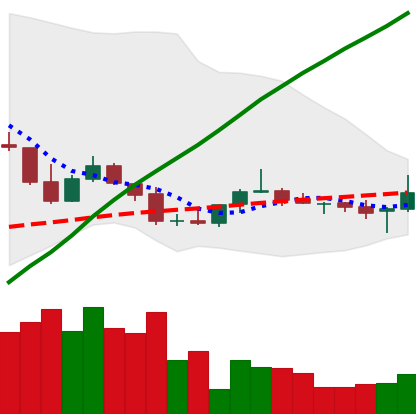
Ticker: TRX-USD
Chart end date: 2020-10-03
Forward return: -5.245%
Label: down_5_7